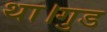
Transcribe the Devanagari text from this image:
था।गुड